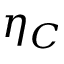
\eta _ { C }